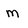
Character: M